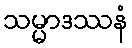
သမ္မာဒဿနံ